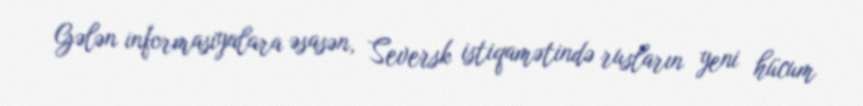
Gələn informasiyalara əsasən, Seversk istiqamətində rusların yeni hücum